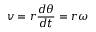
v = r { \frac { d \theta } { d t } } = r \omega